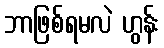
ဘာဖြစ်ရမလဲ ဟွန်း